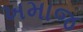
ખમાજ